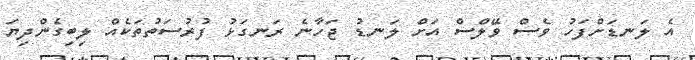
އެ ލަނޑަށްފަހު ވެސް ވޭލްސް އަށް ލަނޑު ޖަހާނެ ރަނގަޅު ފުރުސަތުތަކެއް ލިބިގެންދިޔަ